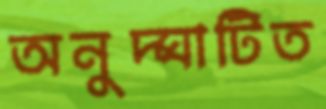
অনুদ্ঘাটিত